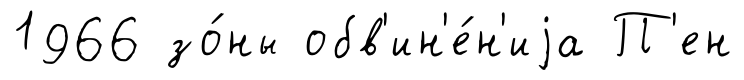
1966 зо́ны обв'ин'е́н'иjа П'ен